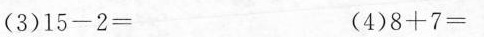
(3)$$1 5 - 2 =$$ (4)$$8 + 7 =$$